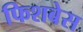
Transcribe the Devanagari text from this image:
फिशबेस